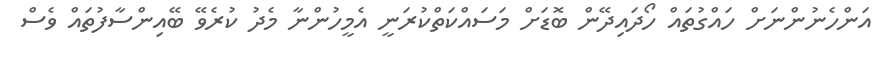
އަންހެނުންނަށް ހައްގުތައް ހޯދައިދޭން ބޮޑަށް މަސައްކަތްކުރަނީ އެމީހުންނާ މެދު ކުރެވޭ ބޭއިންސާފުތައް ވެސް